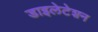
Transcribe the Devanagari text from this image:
डाइलेटेशन